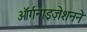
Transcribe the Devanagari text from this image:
ऑर्गनाइज़ेशनने